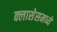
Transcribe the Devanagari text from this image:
क्लासेसमध्ये